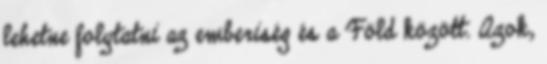
lehetne folytatni az emberiség és a Föld között. Azok,